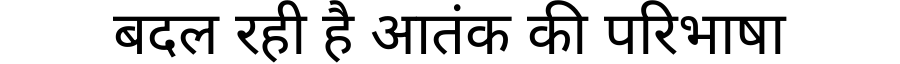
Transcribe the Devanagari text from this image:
बदल रही है आतंक की परिभाषा